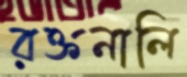
রক্তনালি